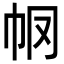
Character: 𢁶